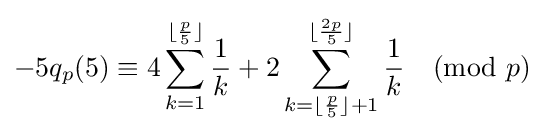
-5q_{p}(5)\equiv 4\sum _{k=1}^{\lfloor {\frac {p}{5}}\rfloor }{\frac {1}{k}}+2\sum _{k=\lfloor {\frac {p}{5}}\rfloor +1}^{\lfloor {\frac {2p}{5}}\rfloor }{\frac {1}{k}}{\pmod {p}}